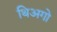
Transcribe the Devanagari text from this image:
थिअगो